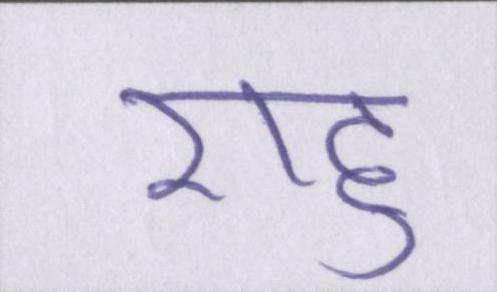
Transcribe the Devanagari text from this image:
राहु